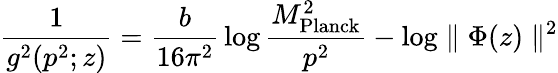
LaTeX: {\frac{1}{g^{2}(p^{2};z)}}={\frac{b}{16\pi^{2}}}\log{\frac{M_{\mathrm{Planck}}^{2}}{p^{2}}}-\log\parallel\Phi(z)\parallel^{2}